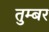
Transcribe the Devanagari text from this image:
तुम्बर